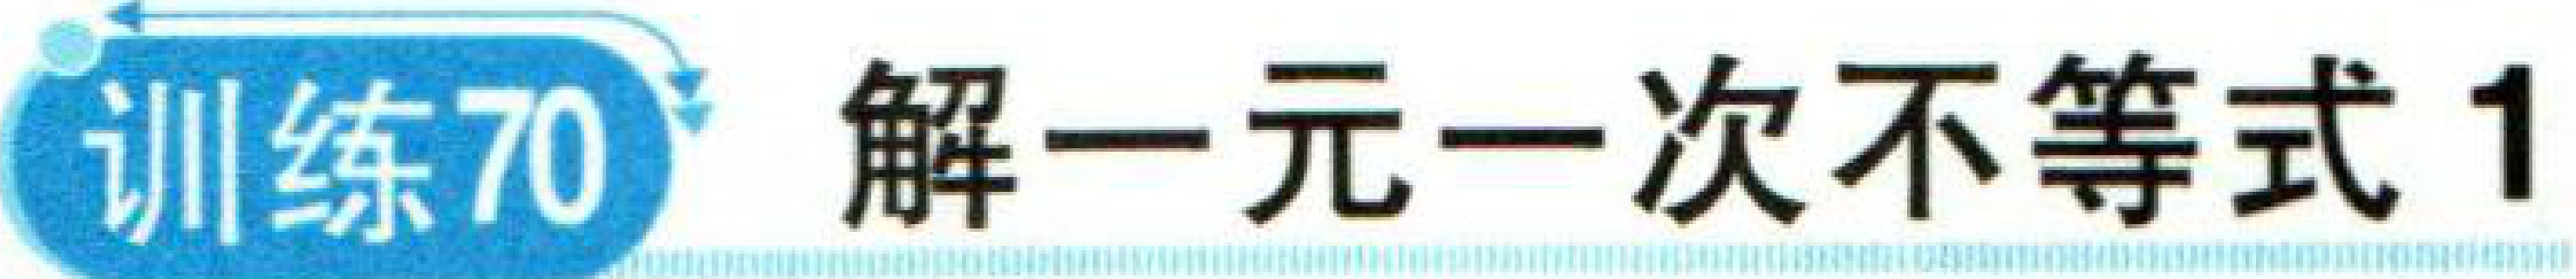
训练70 解一元一次不等式 1